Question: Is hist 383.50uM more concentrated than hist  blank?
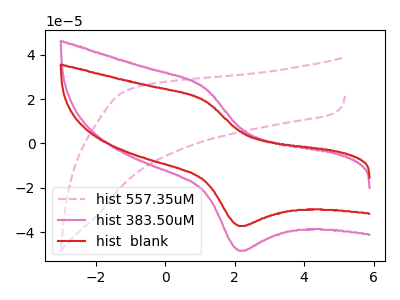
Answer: <think>The pink dashed curve "hist 557.35uM" has no peaks. The pink curve "hist 383.50uM" has an anodic peak at (1.15V, 25.25uA) and a cathodic peak at (2.10V, -48.45uA). The red curve "hist  blank" has an anodic peak at (1.15V, 19.40uA) and a cathodic peak at (2.10V, -37.25uA).
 All the peaks in "hist 383.50uM" have a peak in "hist  blank" at the same potential. Every peak in "hist 383.50uM" is higher than every peak in "hist  blank".</think>
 <answer>"hist 383.50uM" has more signal than "hist  blank" and so likely has a higher concentration.</answer>
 <eval>more_concentration</eval>